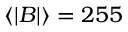
\langle \lvert B \rvert \rangle = 2 5 5